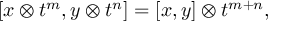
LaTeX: \lbrack x \otimes t ^ { m } , y \otimes t ^ { n } ] = [ x , y ] \otimes t ^ { m + n } ,